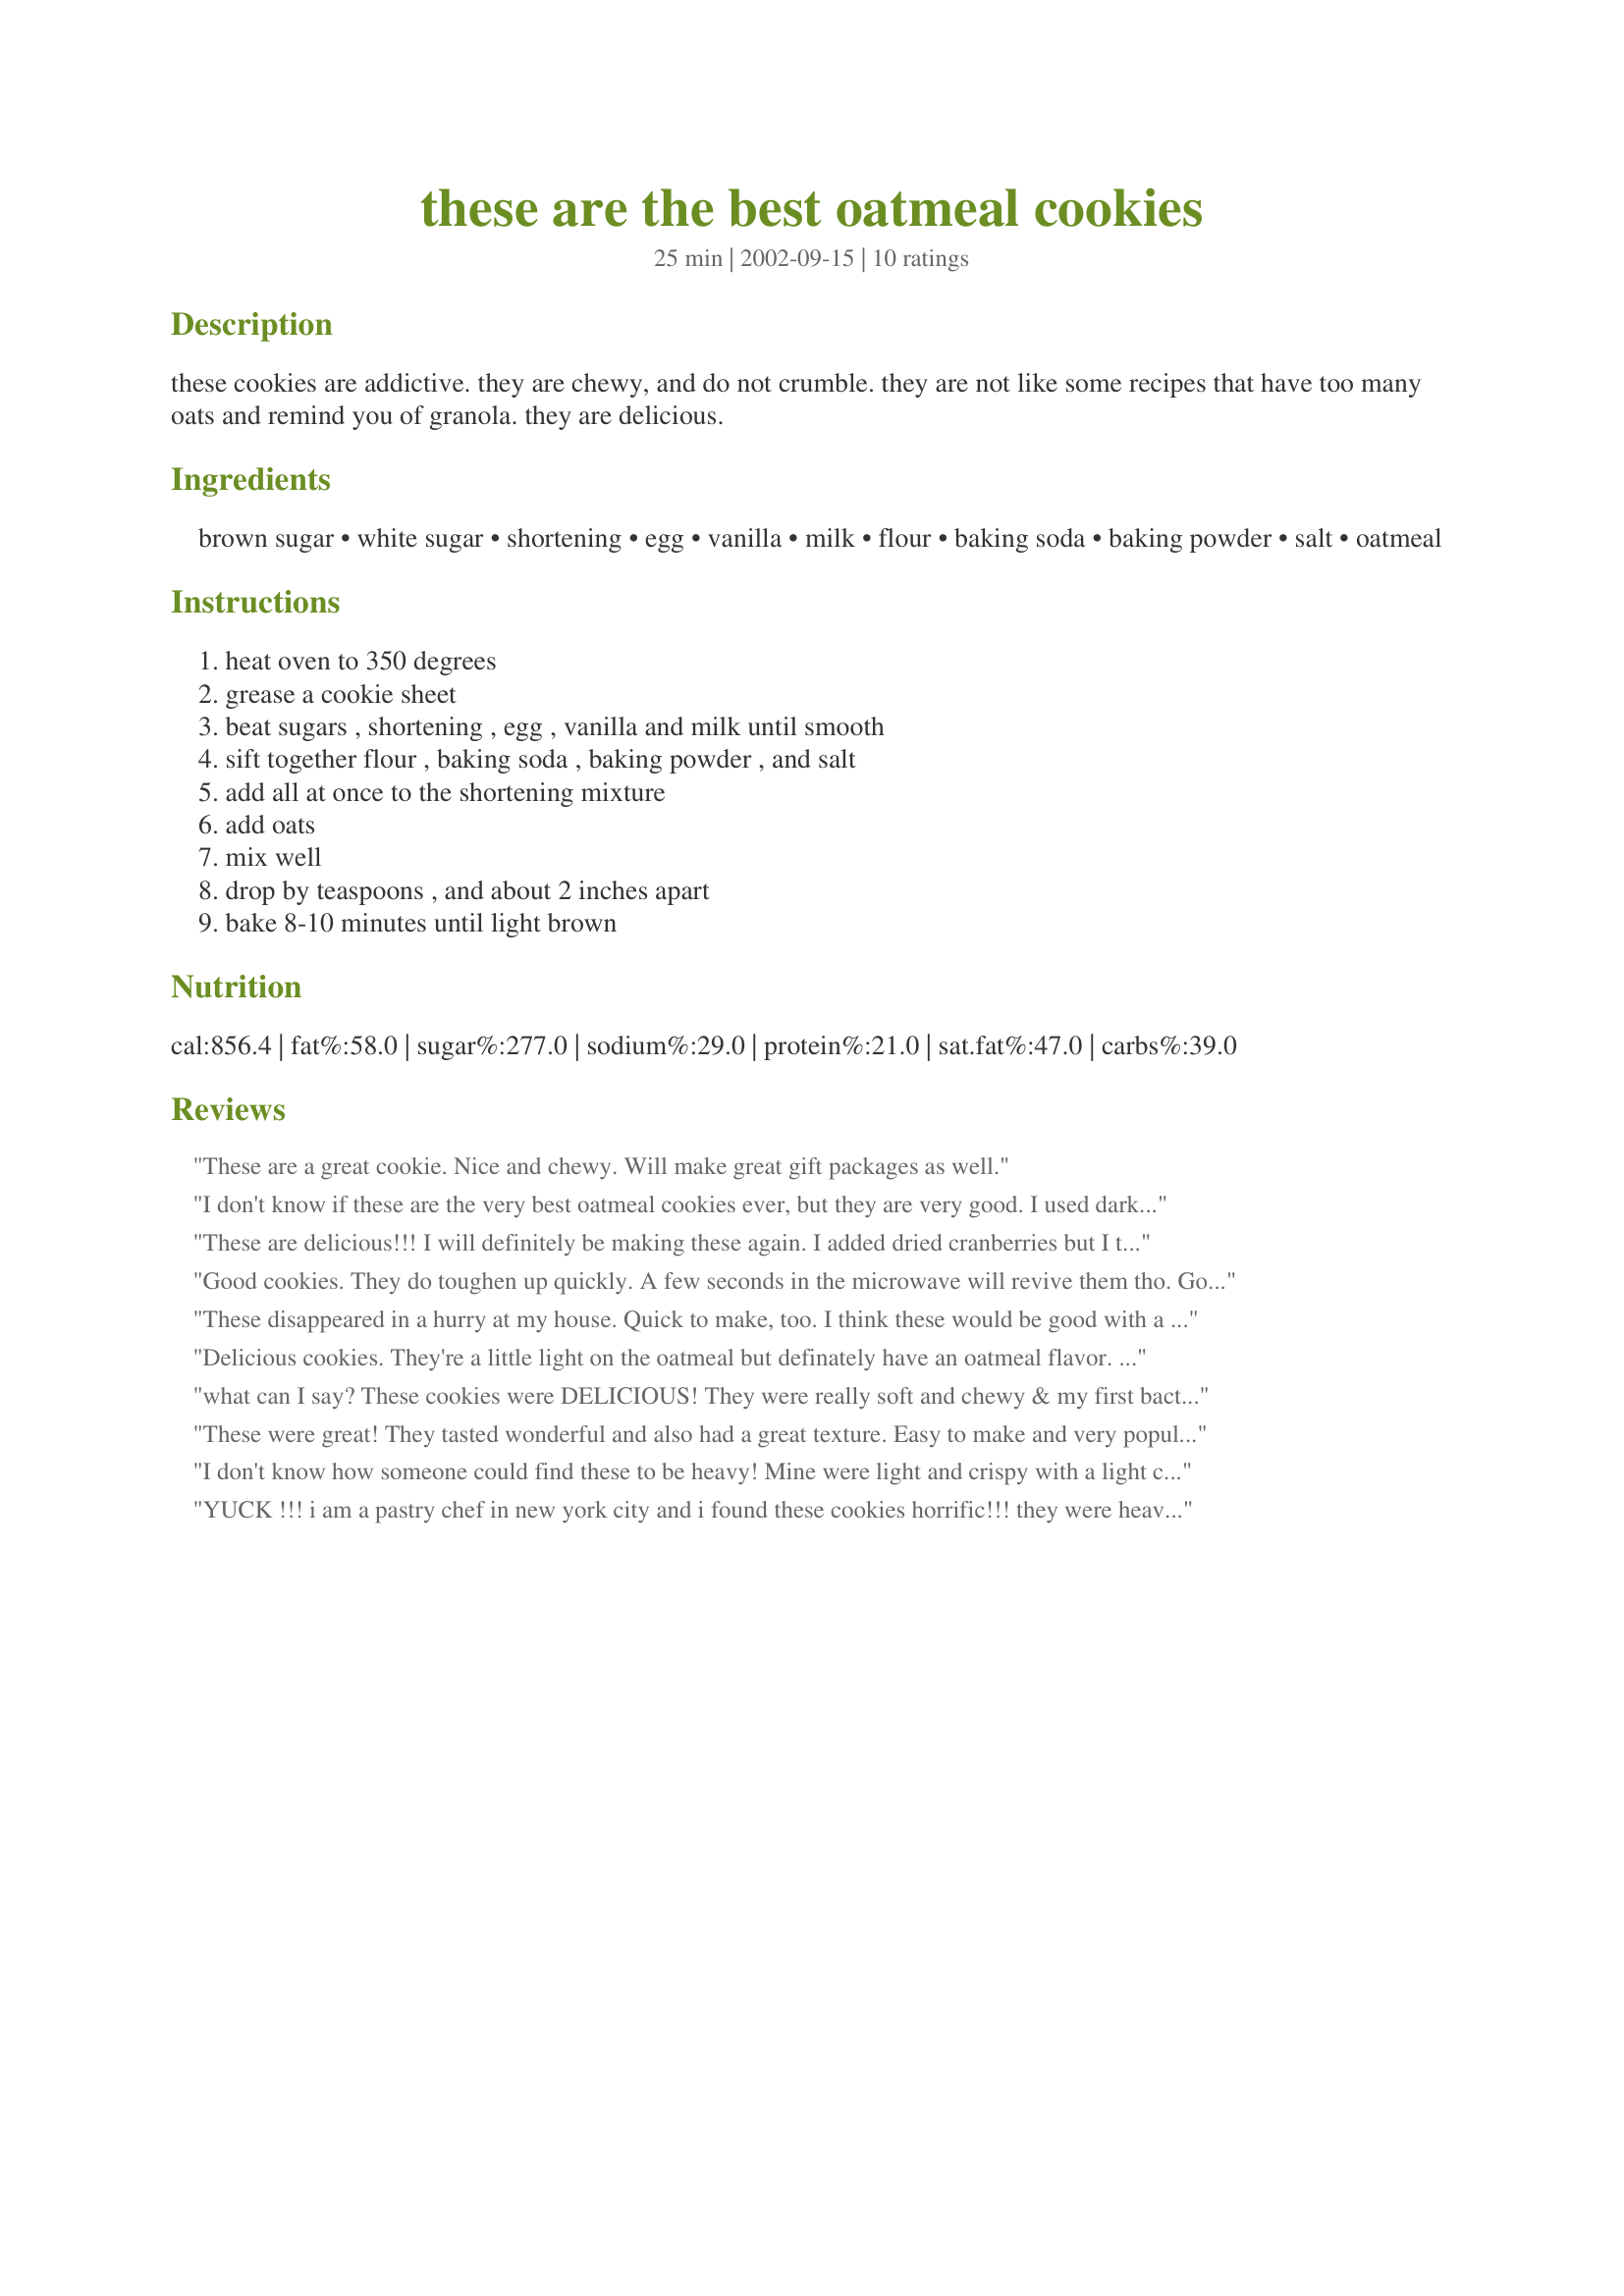
these are the best oatmeal cookies
Preparation time: 25 minutes

these cookies are addictive. they are chewy, and do not crumble. they are not like some recipes that have too many oats and remind you of granola. they are delicious.

Ingredients:
brown sugar, white sugar, shortening, egg, vanilla, milk, flour, baking soda, baking powder, salt, oatmeal

Steps:
heat oven to 350 degrees, grease a cookie sheet, beat sugars , shortening , egg , vanilla and milk until smooth, sift together flour , baking soda , baking powder , and salt, add all at once to the shortening mixture, add oats, mix well, drop by teaspoons , and about 2 inches apart, bake 8-10 minutes until light brown

Reviews:
These are a great cookie. Nice and chewy. Will make great gift packages as well.
I don't know if these are the very best oatmeal cookies ever, but they are very good. I used dark brown muscovado sugar and also added some chocolate chips to half of them. Very easy to make, moist and light with a subtle oatmeal taste. Thanks for sharing.
These are delicious!!! I will definitely be making these again. I added dried cranberries but I think they'd be good anyway possible.
Good cookies. They do toughen up quickly. A few seconds in the microwave will revive them tho. Good flavour and chewy. I got only 18 good size (my size) cookies.
Will try them again soon. Thanks
These disappeared in a hurry at my house. Quick to make, too. I think these would be good with a little coconut added.
Delicious cookies. They're a little light on the oatmeal but definately have an oatmeal flavor. Easy to make and work well on non-stick cookie sheets.
what can I say? These cookies were DELICIOUS! They were really soft and chewy & my first bacth was already gone before the second came out!! I also added 2 tbsp. honey & 1/2 cup applesauce. Thanks for this great recipe! :)
These were great! They tasted wonderful and also had a great texture. Easy to make and very popular to eat at this house.
I don't know how someone could find these to be heavy! Mine were light and crispy with a light chewiness to them. I used a hand mixer on medium-high speed for all stages (I was in a hurry), so maybe that made them lighter. I used half quick oats and half old-fashioned. I added 1/4 cup butterscotch chips and 3/4 cup semi-sweet chips, making the cookies taste like light, crispy chocolate chip cookies. Also added a scant 1/2 tsp butter flavoring to the shortening for a nice buttery flavor. I will definitely make these again. Thanks!
YUCK !!! i am a pastry chef in new york city and i found these cookies horrific!!! they were heavy and full of chunky oatmeal ! the cookies didnt even look good. the cookies were also very greasy and were not good for clothes stains! HORRIBLE i would not waste time and supplies making them again.
